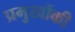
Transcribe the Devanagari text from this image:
प्रमुखोंकी